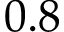
0 . 8